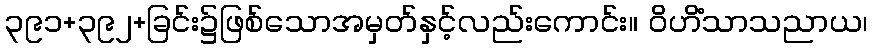
၃၉၁+၃၉၂+ခြင်း၌ဖြစ်သောအမှတ်နှင့်လည်းကောင်း။ ဝိဟိံသာသညာယ၊